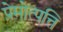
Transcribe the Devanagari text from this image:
प्रेमोत्पत्ति